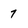
Character: 7